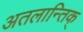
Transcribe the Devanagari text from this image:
अतलान्तिक्